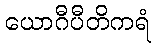
ယောဂီပီတိကရံ